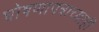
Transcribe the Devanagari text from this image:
घोषणापत्राच्याही